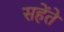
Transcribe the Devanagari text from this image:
सहेंतें